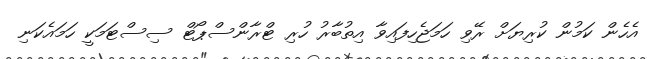
އެހެން ކަމުން ކުރިޔަށް ރޭވި ހަމަޖެހިފައިވާ އިތުބާރު ހުރި ޓްރާންސްޕޯޓް ސިސްޓަމަކީ ހަމައެކަނި